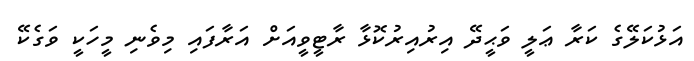
އަޅުކަލޭގެ ކަރާ ޢަލީ ވަޙީދޭ އިރުއިރުކޮޅާ ރާޓީވީއަށް އަރާފައި މިވެނި މީހަކީ ވަގެކޭ